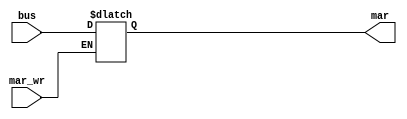
module mar (mar, mar_wr, bus);
	output reg [11:0] mar;
	input mar_wr;
	input [11:0]bus;
	always @ (*)
	begin
		if (mar_wr) mar = bus;
	end
endmodule